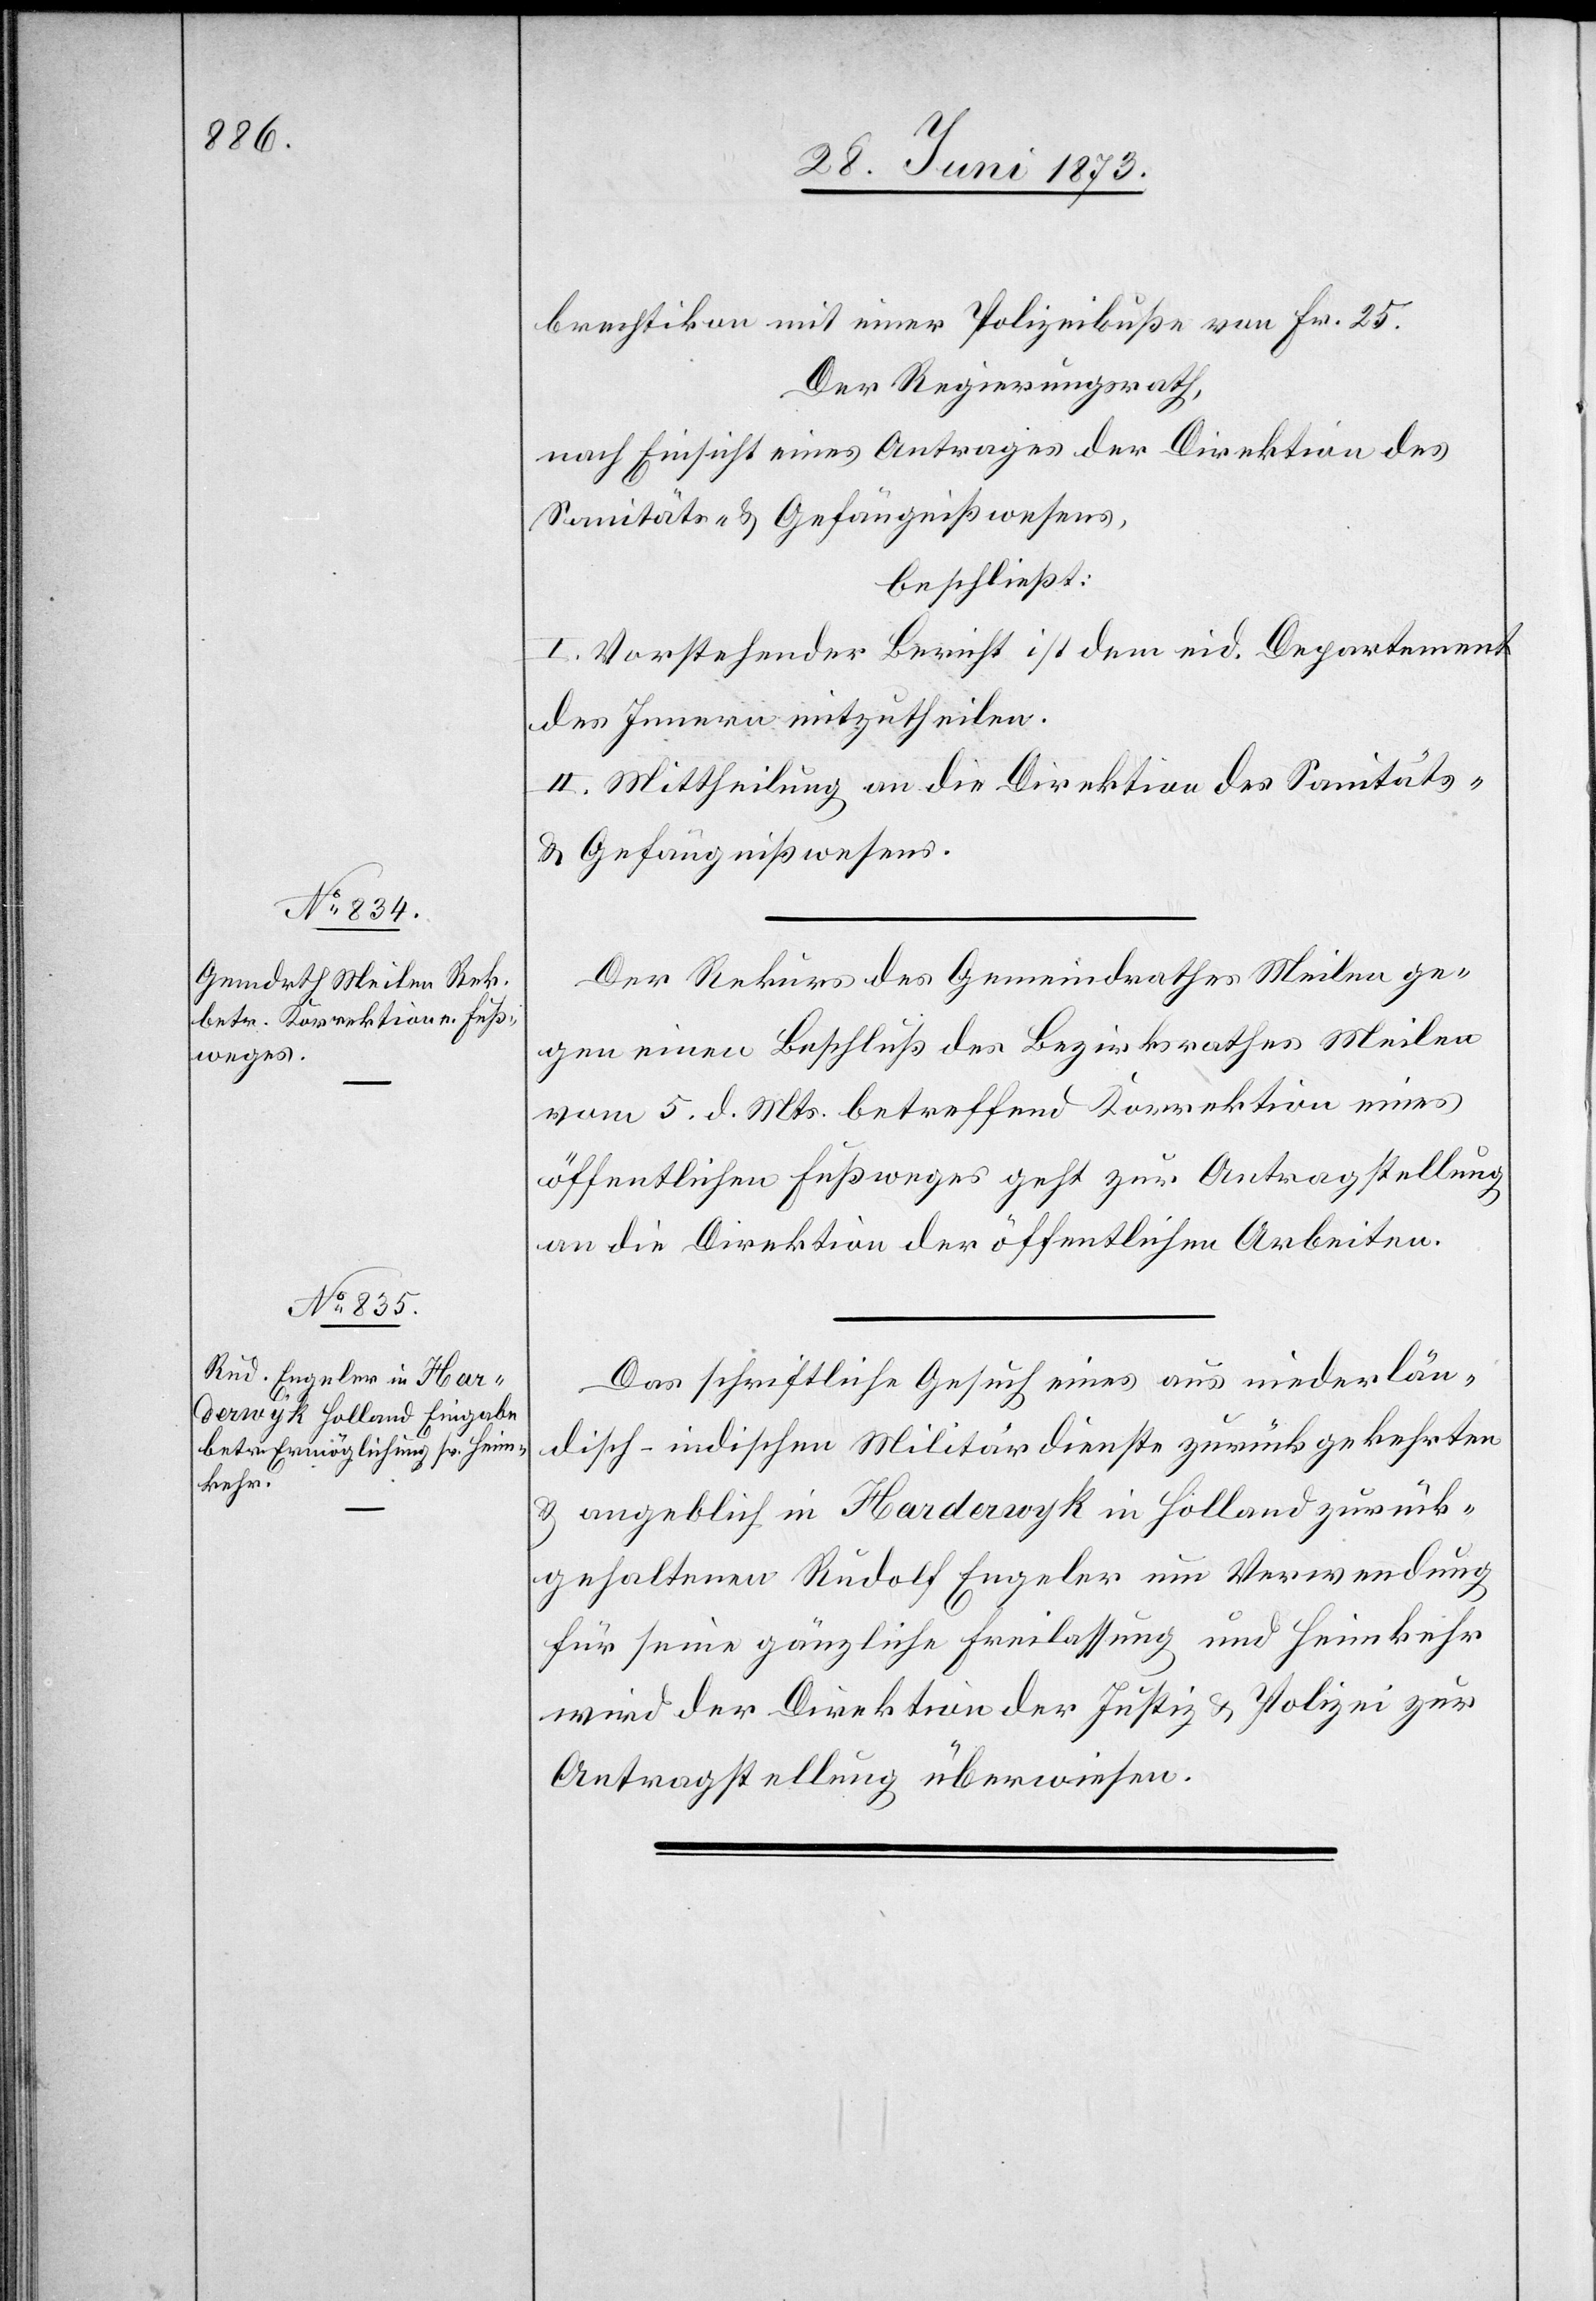
30. Juni 1873.]
brechtikon mit einer Polizeibuße von Fr. 25.
Der Regierungsrath,
nach Einsicht eines Antrages der Direktion des
Sanitäts- & Gefängnißwesens,
beschließt:
I. Vorstehender Bericht ist dem eid. Departement
des Innern mitzutheilen.
II. Mittheilung an die Direktion des Sanitäts-
& Gefängnißwesens.
Der Rekurs des Gemeindrathes Meilen ge¬
gen einen Beschluß des Bezirksrathes Meilen
vom 5. d. Mts. betreffend Korrektion eines
öffentlichen Fußweges geht zur Antragstellung
an die Direktion der öffentlichen Arbeiten.
Das schriftliche Gesuch eines aus niederlän¬
disch-indischen Militärdienste zurückgekehrten
& angeblich in Harderwyk in Holland zurück¬
gehaltenen Rudolf Engeler um Verwendung
für seine gänzliche Freilassung und Heimkehr
wird der Direktion der Justiz & Polizei zur
Antragstellung überwiesen.